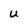
Character: u